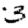
Digit: 3